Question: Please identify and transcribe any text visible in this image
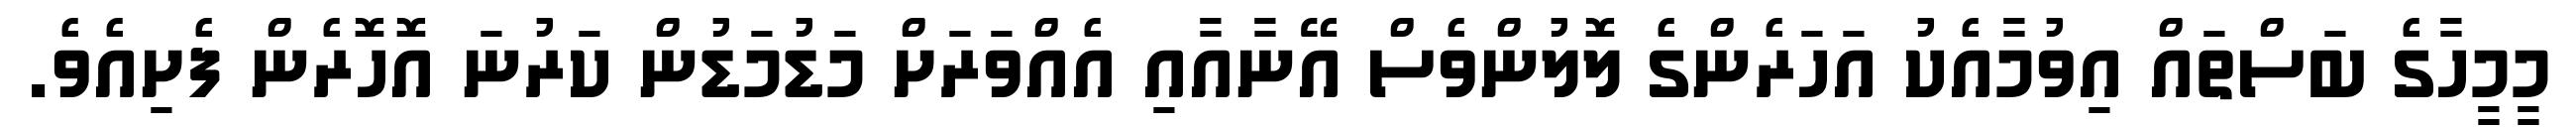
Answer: މީމީހާގެ ބަސްތައް އިވުމާއެކު އަހަރެންގެ ލޮލުންވެސް އޭނާއާއި އެއްވަރަށް މަޑުމަޑުން ކަރުނަ އޮހޮރެން ފެށިއެވެ.